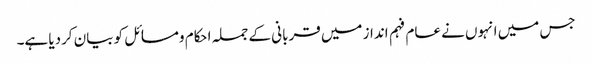
جس میں انہوں نے عام فہم انداز میں قربانی کے جملہ احکام ومسائل کو بیان کردیا ہے۔